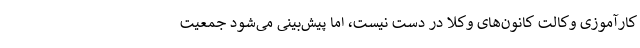
کارآموزی وکالت کانون‌های وکلا در دست نیست، اما پیش‌بینی می‌شود جمعیت